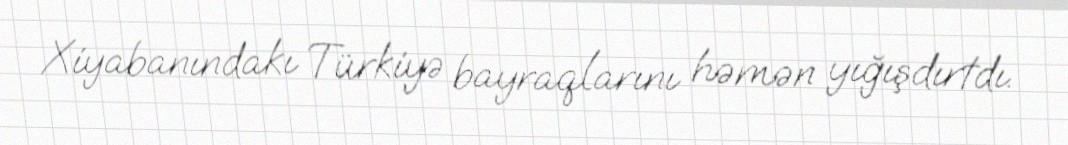
Xiyabanındakı Türkiyə bayraqlarını həmən yığışdırtdı.